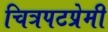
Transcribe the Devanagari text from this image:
चित्रपटप्रेमी